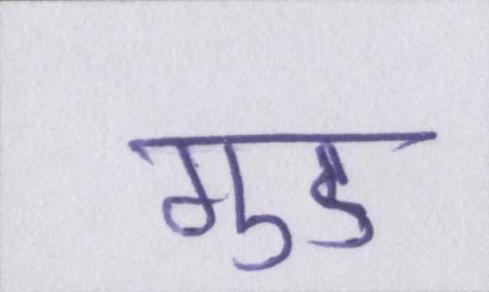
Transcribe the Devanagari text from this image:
गुड